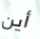
أين